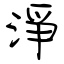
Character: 淨